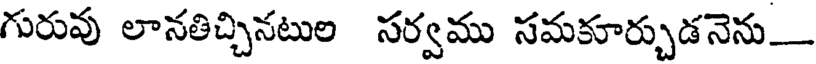
గురువు లానతిచ్చినటుల సర్వము సమకూర్చుడనెను_